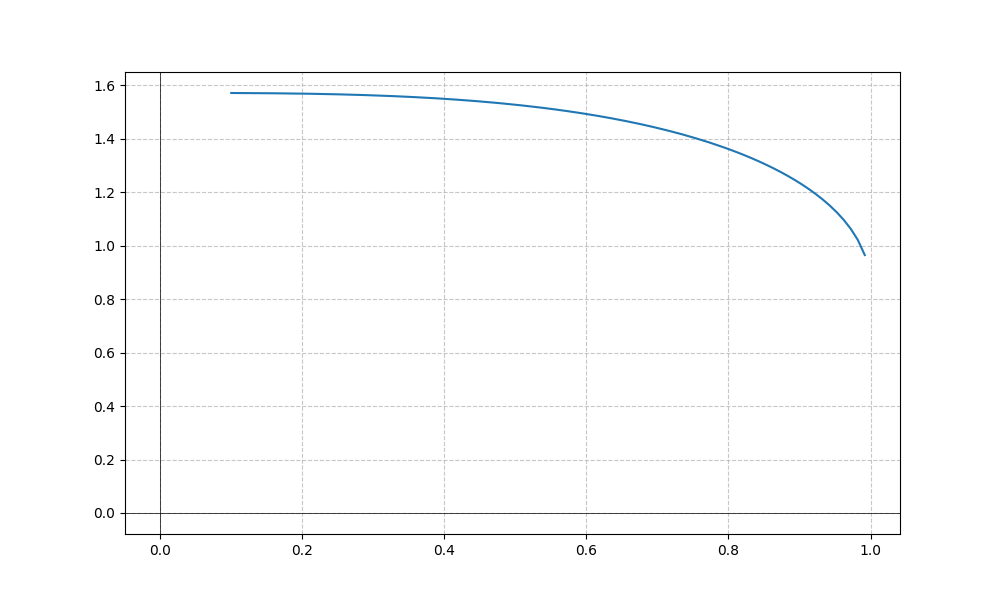
LaTeX formula: \sin{\left(x \right)} + \operatorname{acos}{\left(x \right)}